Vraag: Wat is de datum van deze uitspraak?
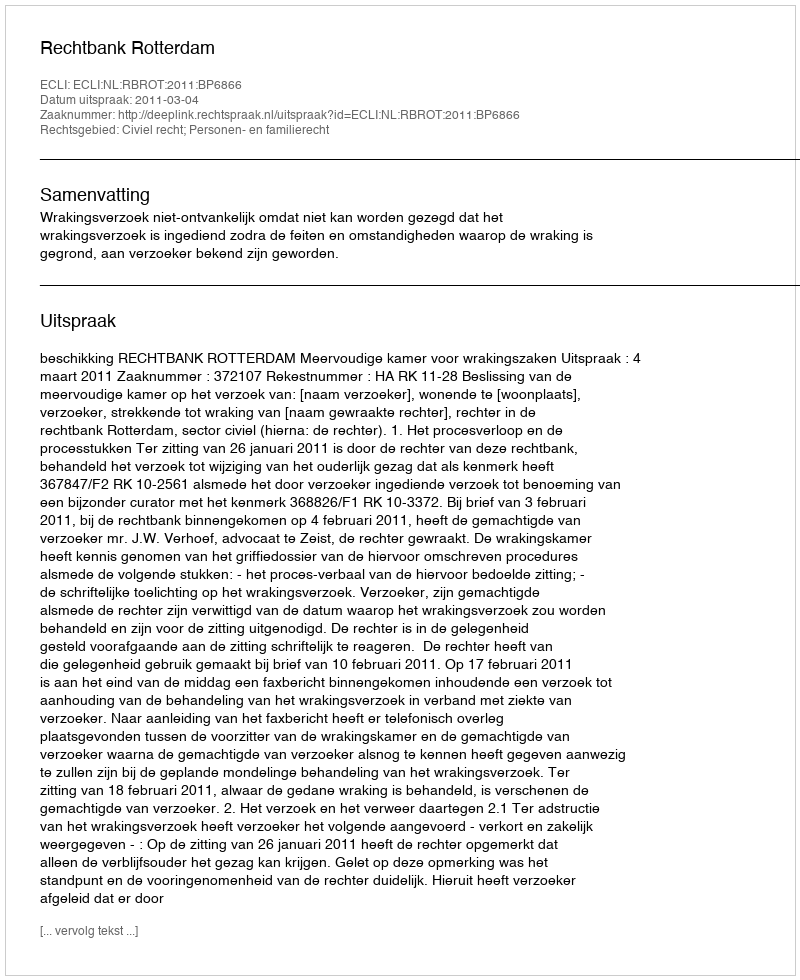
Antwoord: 2011-03-04